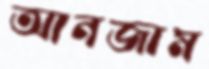
আনজাম